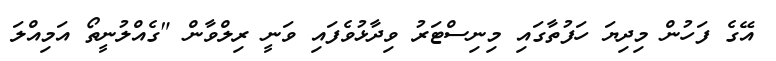
އޭގެ ފަހުން މިދިޔަ ހަފުތާގައި މިނިސްޓަރު ވިދާޅުވެފައި ވަނީ ރިލްވާން "ގެއްލުނީތޯ އަމިއްލަ